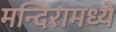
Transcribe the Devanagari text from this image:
मन्दिरामध्ये